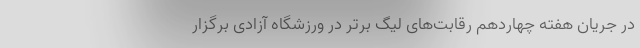
در جریان هفته چهاردهم رقابت‌های لیگ برتر در ورزشگاه آزادی برگزار